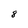
Character: 8